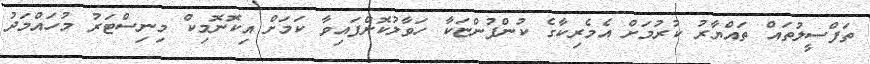
ތަފްސީލުތައް ތައްޔާރު ކުރުމަށް އެމެރިކާގެ ކުންފުންޏަކާ ހަވާލުކޮށްފައިވާ ކަމަށް އިކޮނޮމިކް މިނިސްޓަރު މުހައްމަދު